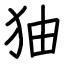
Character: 㹨